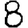
Digit: 8